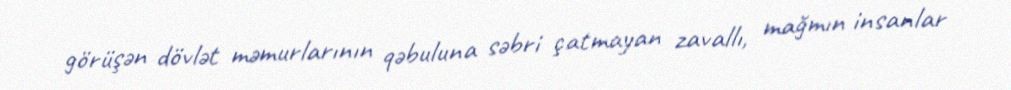
görüşən dövlət məmurlarının qəbuluna səbri çatmayan zavallı, mağmın insanlar